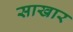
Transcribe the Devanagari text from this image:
साखार